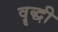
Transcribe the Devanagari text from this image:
वॄद्धी